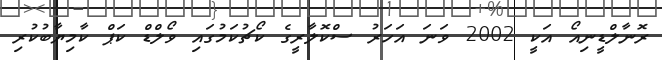
ރޮނާލްޑީނިއޯ އަކީ 2002 ވަނަ އަހަރު ސްކޮލާރީގެ ކޯޗުކަމުގައި ވޯލްޑް ކަޕް ކާމިޔާބުކުރި